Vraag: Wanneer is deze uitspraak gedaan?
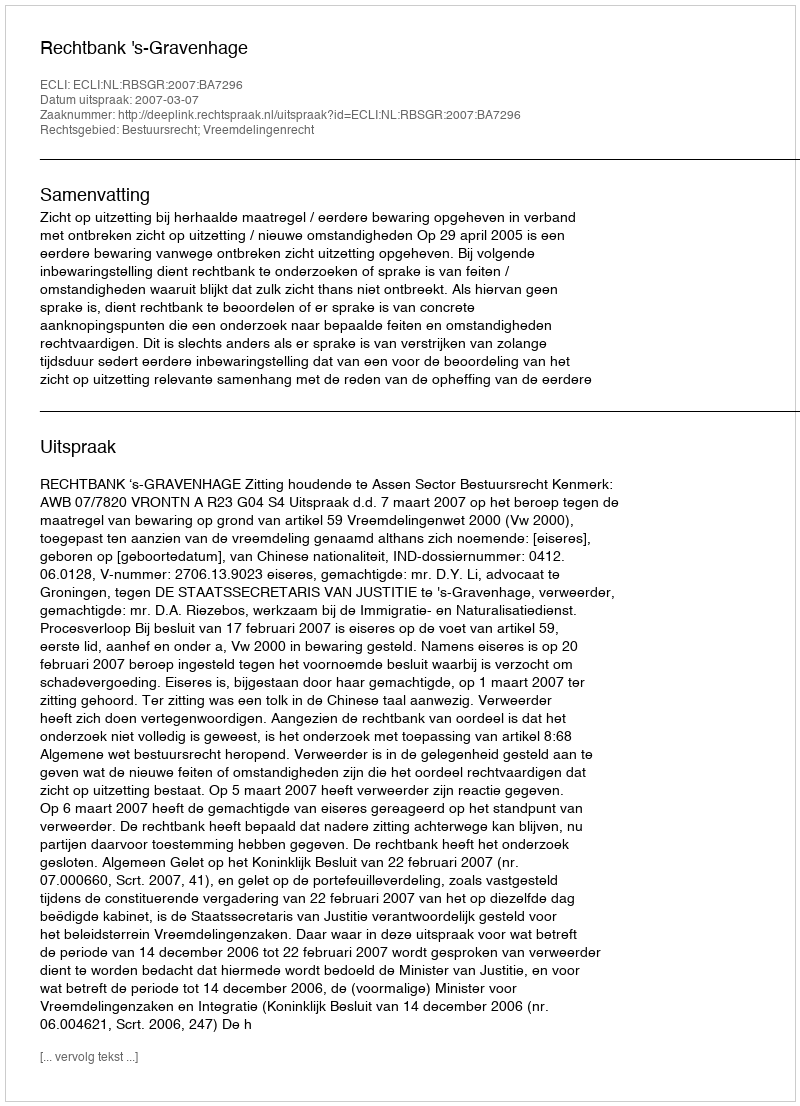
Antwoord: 2007-03-07